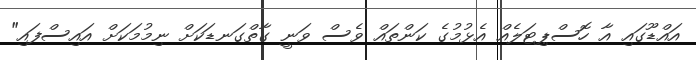
އައްޑޫގައި އާ ހޮސްޕިޓަލެއް އެޅުމުގެ ކަންތައް ވެސް ވަނީ ގާތްގަނޑަކަށް ނިމުމަކަށް އައިސްފައި"